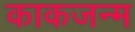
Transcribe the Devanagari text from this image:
काकजन्म